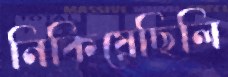
নিকিয়েছিলি